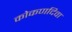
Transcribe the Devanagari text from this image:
कोकणदिवा